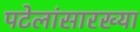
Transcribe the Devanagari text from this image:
पटेलांसारख्या